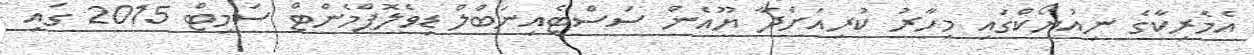
އެމެރިކާގެ ނިއުޔޯކްގައި މިހާރު ކުރިއަށްދާ ޔޫއެން ސަސްޓެއިނަބްލް ޑިވެލޮޕްމެންޓް ސަމިޓް 2015 ގައި